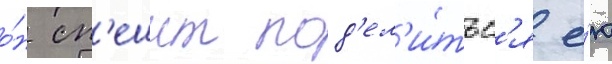
о́н сп'ешит под'ел'и́тьс'я е́ю